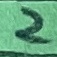
Text: 2